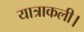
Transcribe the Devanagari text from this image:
यात्राकली।